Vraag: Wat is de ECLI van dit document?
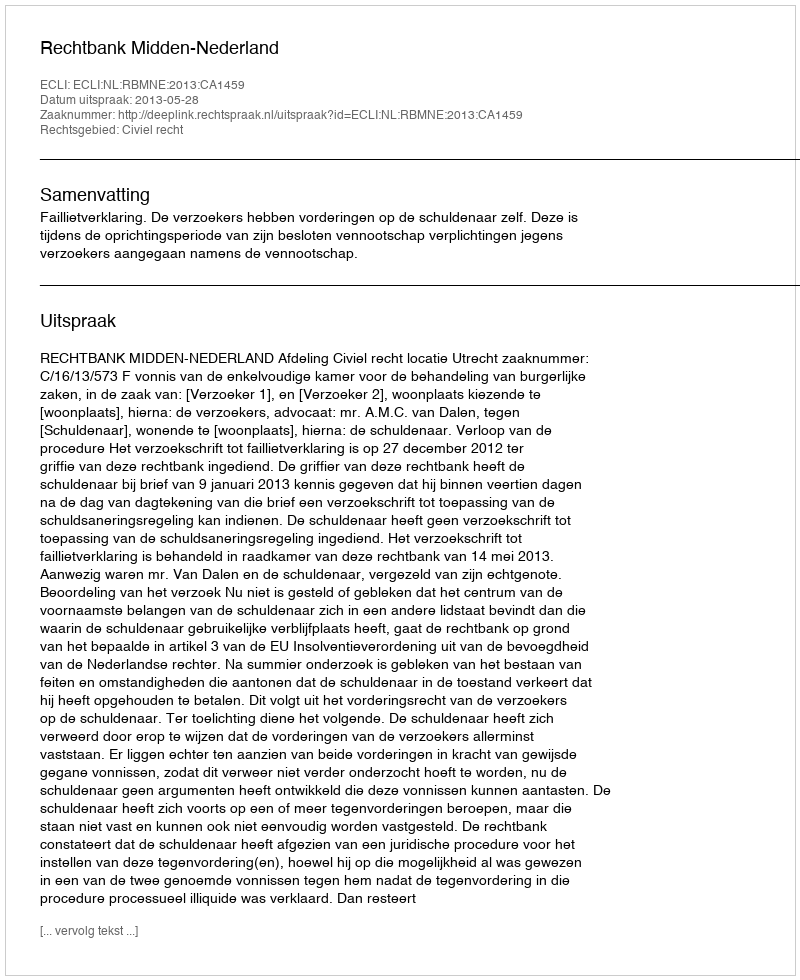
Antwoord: ECLI:NL:RBMNE:2013:CA1459